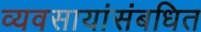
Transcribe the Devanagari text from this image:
व्यवसायांसंबधित